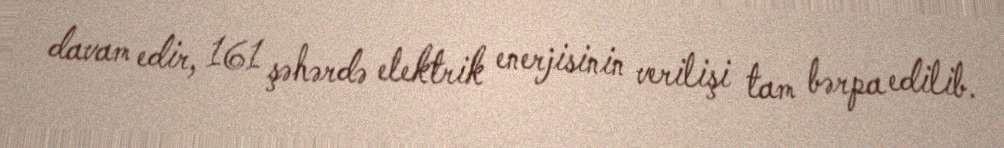
davam edir, 161 şəhərdə elektrik enerjisinin verilişi tam bərpa edilib.